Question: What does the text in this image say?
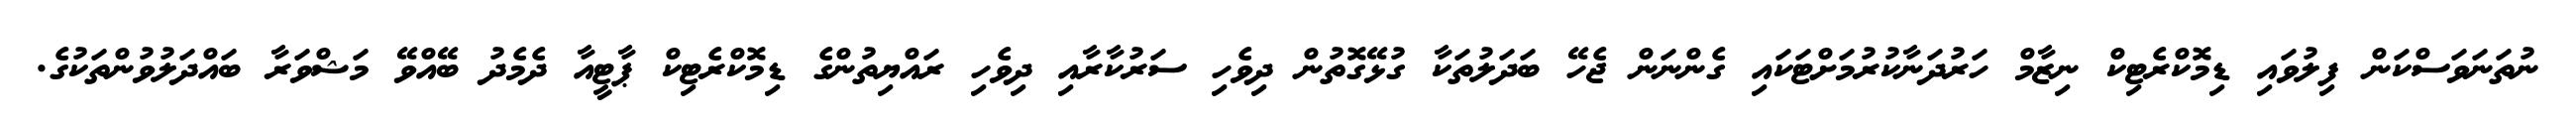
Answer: ނުތަނަވަސްކަން ފިލުވައި ޑިމޮކްރެޓިކް ނިޒާމް ހަރުދަނާކުރުމަށްޓަކައި ގެންނަން ޖެހޭ ބަދަލުތަކާ ގުޅޭގޮތުން ދިވެހި ސަރުކާރާއި ދިވެހި ރައްޔިތުންގެ ޑިމޮކްރެޓިކް ޕާޓީއާ ދެމެދު ބޭއްވޭ މަޝްވަރާ ބައްދަލުވުންތަކުގެ.